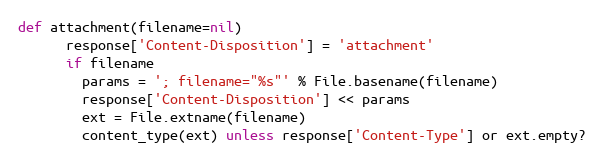
Language: Ruby
def attachment(filename=nil)
      response['Content-Disposition'] = 'attachment'
      if filename
        params = '; filename="%s"' % File.basename(filename)
        response['Content-Disposition'] << params
        ext = File.extname(filename)
        content_type(ext) unless response['Content-Type'] or ext.empty?